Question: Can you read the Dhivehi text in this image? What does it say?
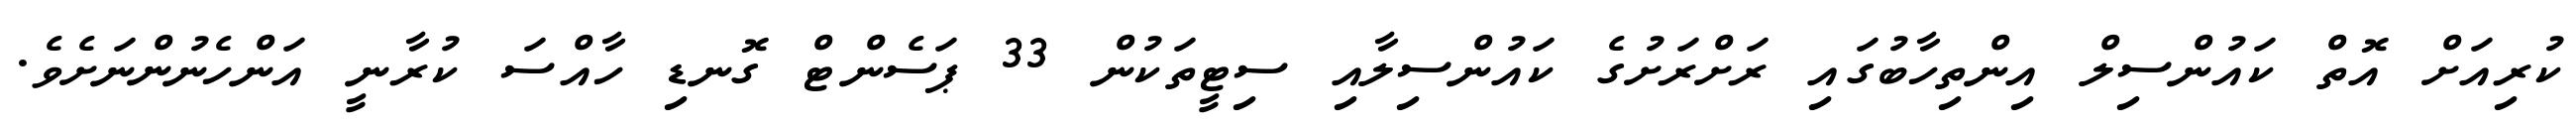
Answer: ކުރިއަށް އޮތް ކައުންސިލް އިންތިހާބުގައި ރަށްރަށުގެ ކައުންސިލާއި ސިޓީތަކުން 33 ޕަސެންޓް ގޮނޑި ހާއްސަ ކުރާނީ އަންހެނުންނަށެވެ.